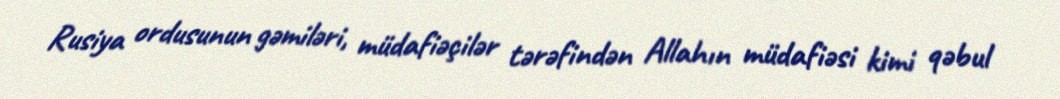
Rusiya ordusunun gəmiləri, müdafiəçilər tərəfindən Allahın müdafiəsi kimi qəbul